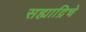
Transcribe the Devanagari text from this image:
सह्याद्रिचे